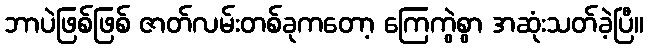
ဘာပဲဖြစ်ဖြစ် ဇာတ်လမ်းတစ်ခုကတော့ ကြေကွဲစွာ အဆုံးသတ်ခဲ့ပြီ။